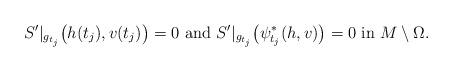
LaTeX: \begin{align*}S'|_{g_{t_j}}\big(h(t_j), v(t_j) \big)=0 \mbox{ and } S'|_{g_{t_j}}\big(\psi_{t_j}^* (h, v)\big)=0\mbox{ in } M\setminus \Omega. \end{align*}